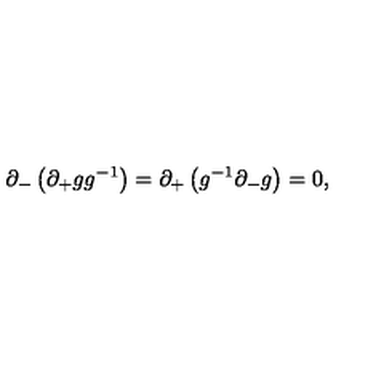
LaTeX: \partial _ { - } \left( \partial _ { + } g g ^ { - 1 } \right) = \partial _ { + } \left( g ^ { - 1 } \partial _ { - } g \right) = 0 ,